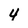
Character: 4